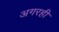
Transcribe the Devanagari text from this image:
अगरही